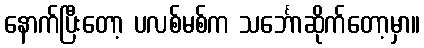
နောက်ပြီးတော့ ပလစ်မစ်က သင်္ဘောဆိုက်တော့မှာ။